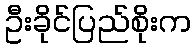
ဦးခိုင်ပြည်စိုးက